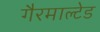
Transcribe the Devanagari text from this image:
गैरमाल्टेड